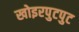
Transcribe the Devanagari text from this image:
खोइरपुटपुट